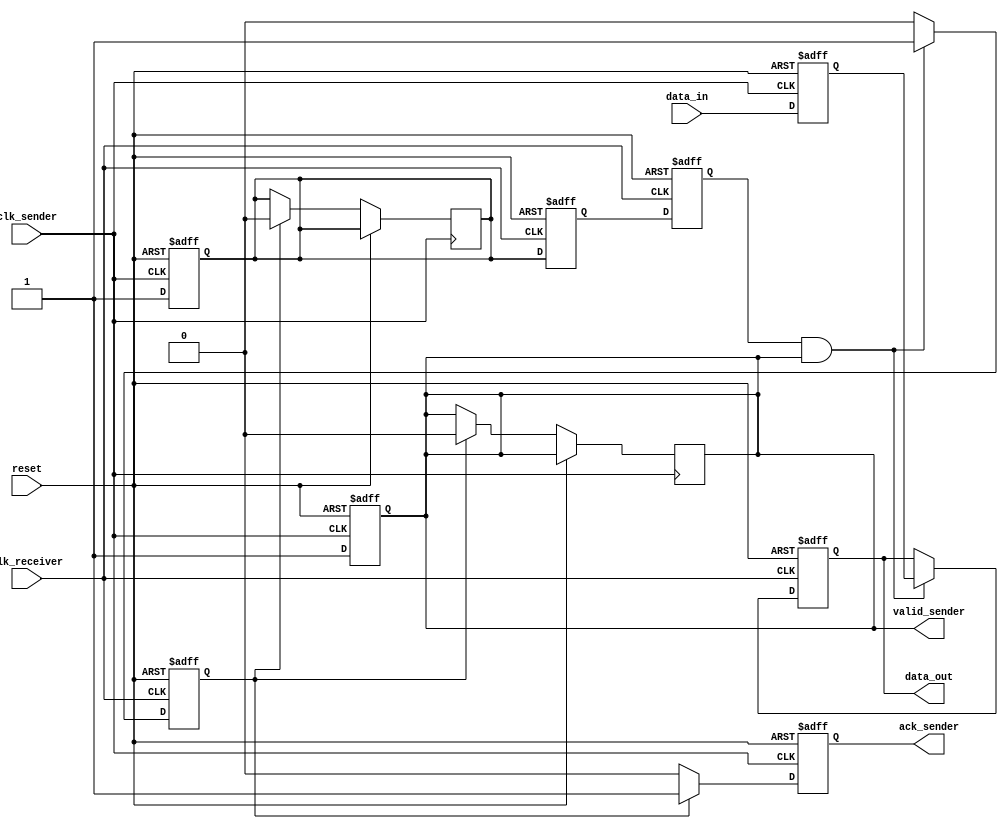
module handshake_synchronizer #(
    parameter DATA_WIDTH = 8
)(
    input wire clk_sender,      // Sender clock
    input wire clk_receiver,    // Receiver clock
    input wire reset,           // Global reset
    input wire [DATA_WIDTH-1:0] data_in,  // Input data from sender
    output reg [DATA_WIDTH-1:0] data_out,  // Output data to receiver
    output reg ack_sender,      // Acknowledgment signal from receiver to sender
    output reg valid_sender      // Valid signal indicating data is ready to send
);

    // Sender side signals
    reg [DATA_WIDTH-1:0] data_reg;
    reg handshake_sender;      // Handshake signal from sender

    // Receiver side signals
    reg [DATA_WIDTH-1:0] data_reg_receiver;
    reg valid_receiver;        // Valid signal for receiver
    reg handshake_receiver;    // Handshake signal from receiver
    reg ack_receiver;          // Acknowledgment signal from sender to receiver

    // Synchronize handshake signal
    reg handshake_receiver_sync1, handshake_receiver_sync2;

    // Sender process
    always @(posedge clk_sender or posedge reset) begin
        if (reset) begin
            data_reg <= 0;
            valid_sender <= 0;
            handshake_sender <= 0;
        end else begin
            data_reg <= data_in; // Capture data on sender clock
            valid_sender <= 1;    // Assert valid signal
            handshake_sender <= 1; // Assert handshake signal
        end
    end

    // Receiver process
    always @(posedge clk_receiver or posedge reset) begin
        if (reset) begin
            data_out <= 0;
            ack_receiver <= 0;
            valid_receiver <= 0;
            handshake_receiver <= 0;
        end else begin
            // Check for valid data and handshake signal
            if (handshake_receiver_sync2 && valid_sender) begin
                data_out <= data_reg; // Capture data on receiver clock
                ack_receiver <= 1;     // Assert acknowledgment signal
            end else begin
                ack_receiver <= 0;     // De-assert acknowledgment signal
            end
        end
    end

    // Synchronize handshake signal from receiver to sender
    always @(posedge clk_receiver or posedge reset) begin
        if (reset) begin
            handshake_receiver_sync1 <= 0;
            handshake_receiver_sync2 <= 0;
        end else begin
            handshake_receiver_sync1 <= handshake_sender; // First stage
            handshake_receiver_sync2 <= handshake_receiver_sync1; // Second stage
        end
    end

    // Acknowledge sender once the data has been processed
    always @(posedge clk_sender or posedge reset) begin
        if (reset) begin
            ack_sender <= 0;
        end else if (ack_receiver) begin
            ack_sender <= 1; // Assert acknowledgment back to sender
            valid_sender <= 0; // De-assert valid signal
            handshake_sender <= 0; // De-assert handshake signal
        end else begin
            ack_sender <= 0; // De-assert acknowledgment
        end
    end

endmodule